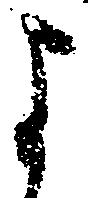
よ